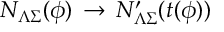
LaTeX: { \cal N } _ { \Lambda \Sigma } ( \phi ) \, \rightarrow \, { \cal N } _ { \Lambda \Sigma } ^ { \prime } ( t ( \phi ) )